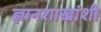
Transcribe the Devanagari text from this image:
ज्ञानशाखांशी